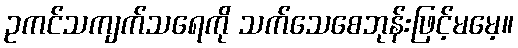
ဥကင်သကျက်သရေကို သက်သေစေဘုန်းဖြင့်မမေ့။